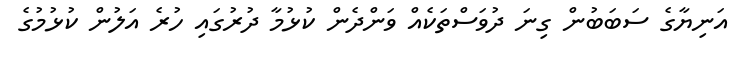
އަނިޔާގެ ސަބަބުން ގިނަ ދުވަސްތަކެއް ވަންދެން ކުޅުމާ ދުރުގައި ހުރެ އަލުން ކުޅުމުގެ